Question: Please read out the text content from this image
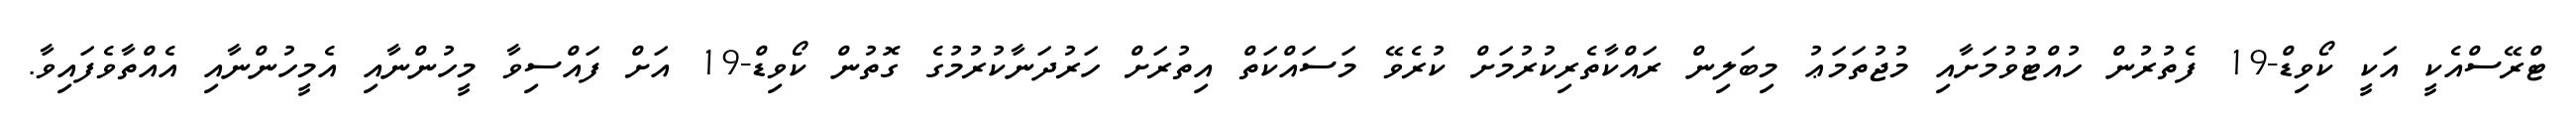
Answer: ޓްރޭސްއެކީ އަކީ ކޯވިޑް-19 ފެތުރުން ހުއްޓުވުމަށާއި މުޖުތަމަޢު މިބަލިން ރައްކާތެރިކުރުމަށް ކުރެވޭ މަސައްކަތް އިތުރަށް ހަރުދަނާކުރުމުގެ ގޮތުން ކޯވިޑް-19 އަށް ފައްސިވާ މީހުންނާއި އެމީހުންނާއި އެއްތާވެފައިވާ.